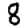
Digit: 8